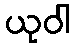
ယုဝါ